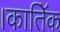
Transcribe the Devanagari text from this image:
।कातिॅक